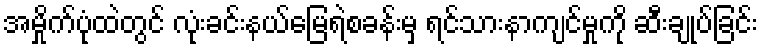
အမှိုက်ပုံထဲတွင် လုံးခင်းနယ်မြေရဲစခန်းမှ ရင်သားနာကျင်မှုကို ဆီးချုပ်ခြင်း